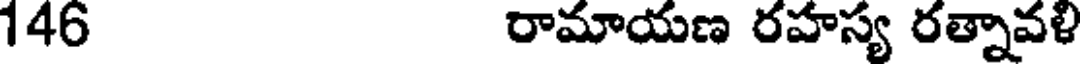
146 రామాయణ రహస్య రత్నావళి